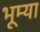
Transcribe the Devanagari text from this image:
भूम्या